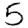
Digit: 5